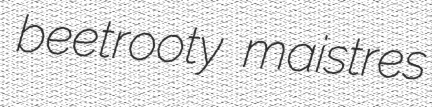
beetrooty maistres